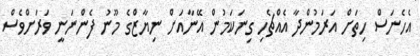
އެހެނަސް ހިތަށް އަރަމުންދާ އެއްޗެހި ގިނަކަމުން އޭނާއަށް ނިޔާޒްގެ މޫނު ފެންނަނީ ވަރަށްވެސް